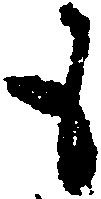
も